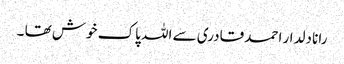
رانا دلدار احمد قادری سے اللہ‎ پاک خوش تھا ۔